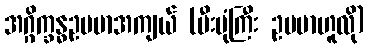
အဂ္ဂိက္ခန္ဓဥပမာအကျယ် (မီးပုံကြီး ဥပမာဟူလို)